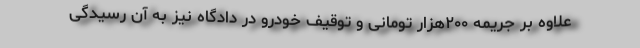
علاوه بر جریمه ۲۰۰هزار تومانی و توقیف خودرو در دادگاه نیز به آن رسیدگی